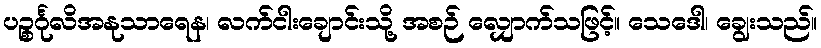
ပဉ္စင်္ဂုလိအနုသာရေန၊ လက်ငါးချောင်းသို့ အစဉ် လျှောက်သဖြင့်။ သေဒေါ၊ ချွေးသည်။